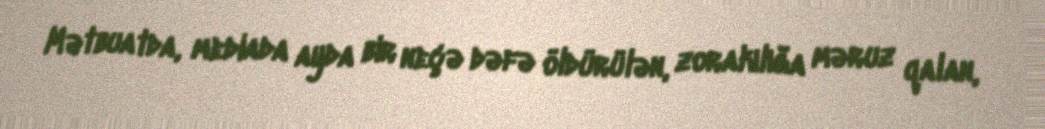
Mətbuatda, mediada ayda bir neçə dəfə öldürülən, zorakılığa məruz qalan,